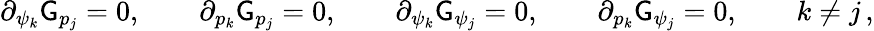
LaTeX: \partial_{\psi_{k}}\mathsf{G}_{p_{j}}=0,\qquad\partial_{p_{k}}\mathsf{G}_{p_{j}}=0,\qquad\partial_{\psi_{k}}\mathsf{G}_{\psi_{j}}=0,\qquad\partial_{p_{k}}\mathsf{G}_{\psi_{j}}=0,\qquad k\neq j\, ,